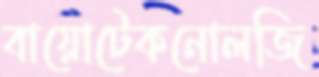
বায়োটেকনোলজি